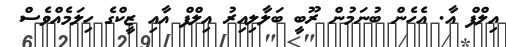
އިލްފް އާ. އެހެން ބުނަމުން ރޫބީ ބަލާލިއިރު އިލްފް އާއި ޒީކްގެ ހިލަމެއްވެސް